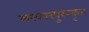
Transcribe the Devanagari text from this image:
सरकारपुरस्कृत